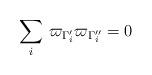
LaTeX: \begin{align*} \sum_i \, \varpi_{\Gamma'_{i}} \varpi_{\Gamma''_{i}} =0\end{align*}